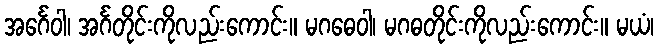
အင်္ဂေဝါ၊ အင်္ဂတိုင်းကိုလည်းကောင်း။ မဂဓေဝါ၊ မဂဓတိုင်းကိုလည်းကောင်း။ မယံ၊